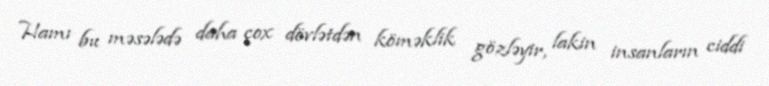
Hamı bu məsələdə daha çox dövlətdən köməklik gözləyir, lakin insanların ciddi